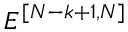
E ^ { [ { { N } - { k } + 1 } , { { N } } ] }